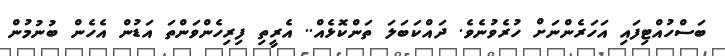
ބަސްހުއްޓިފައި އަހަރެންނަށް ހުރެވުނެވެ. ދައްކަބަލަ ތަންކޮޅެއް.. އެރީތި ފިިރިހެންވަންތަ އަޑުން އެހެން ބުނުމުން